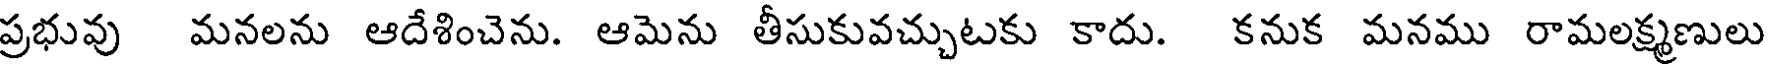
ప్రభువు మనలను ఆదేశించెను. ఆమెను తీసుకువచ్చుటకు కాదు. కనుక మనము రామలక్ష్మణులు